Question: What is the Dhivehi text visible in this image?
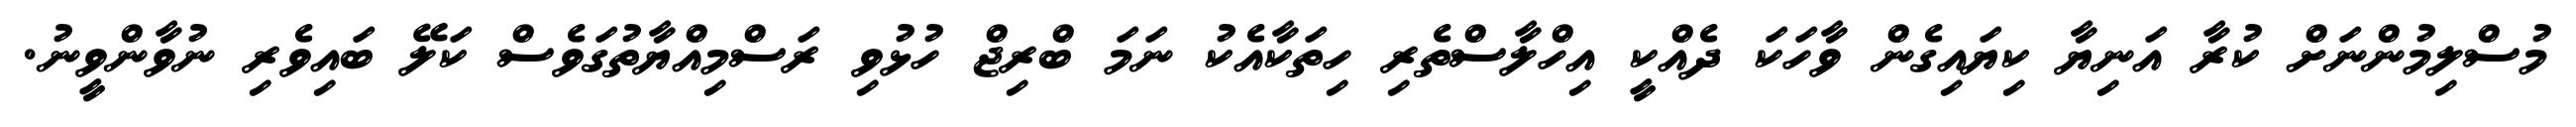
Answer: މުސްލިމުންނަށް ކުރާ އަނިޔާ ކިޔައިގެން ވާހަކަ ދެއްކީ އިހްލާސްތެރި ހިތަކާއެކު ނަމަ ބްރިޖް ހުޅުވި ރަސްމިއްޔާތުގަވެސް ކަލޭ ބައިވެރި ނުވާންވީނު.